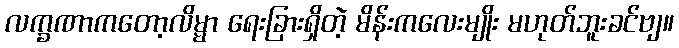
လက္ခဏာကတော့လိမ္မာ ရေးခြားရှိတဲ့ မိန်းကလေးမျိုး မဟုတ်ဘူးခင်ဗျ။